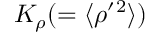
K _ { \rho } ( = \langle { \rho ^ { \prime } { } ^ { 2 } } \rangle )